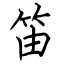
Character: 笛